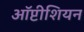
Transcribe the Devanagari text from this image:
ऑप्टीशियन